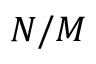
N / M